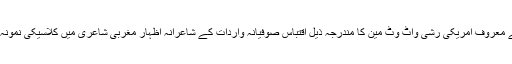
”
انیسویں صدی کے معروف امریکی رِشی واٹ وِٹ مین کا مندرجہ ذیل اقتباس صوفیانہ واردات کے شاعرانہ اظہار مغربی شاعری میں کلاسیکی نمونہ کہا جا سکتا ہے:
”میری روح !